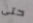
حتى